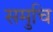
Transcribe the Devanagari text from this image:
समुचि